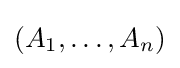
(A_{1},\ldots ,A_{n})